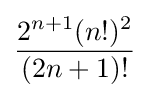
{\frac {2^{n+1}(n!)^{2}}{(2n+1)!}}